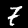
Label: 7